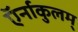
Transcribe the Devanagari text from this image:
ऍर्नाकुलम्